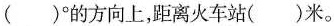
( )^{\circ}的方向上，距离火车站( )米。